Epidemic dropsy in Calcutta - Number 49
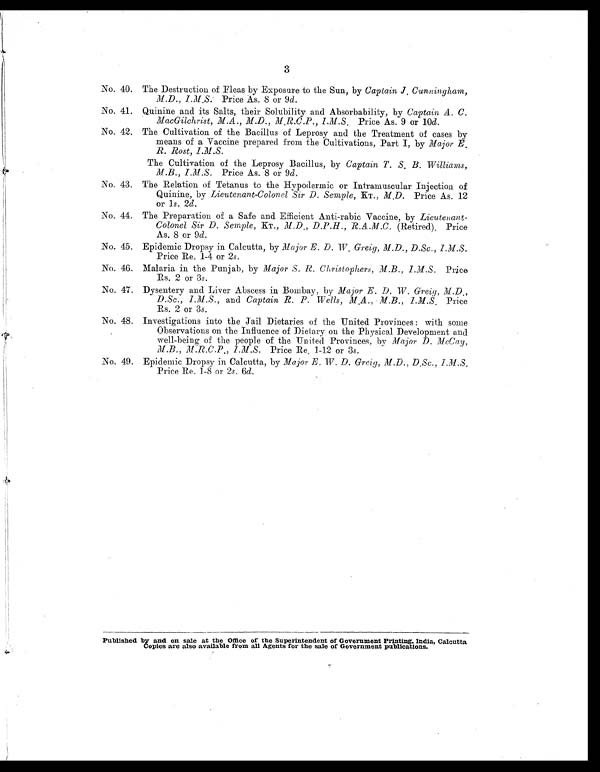
3
No. 40. The Destruction of Fleas by Exposure to the Sun, by Captain J. Cunningham,
M.D., I.M.S. Price As. 8 or 9d.
No. 41. Quinine and its Salts, their Solubility and Absorbability, by Captain A. C.
MacGilchrist, M.A., M.D., M.R.C.P.,I.M.S.
Price As. 9 or 10 d.
No. 42. The Cultivation of the Bacillus of Leprosy and the Treatment of cases by
means of a Vaccine prepared from the Cultivations, Part I, by Major
R. Rost, I.M.S.
The Cultivation of the Leprosy Bacillus, by Captain T. S. B. Williams,
M.B., I.M.S. Price As. 8 or 9d.
No. 43. The Relation of Tetanus to the Hypodermic or Intramuscular Injection of
Quinine, by Lieutenant-Colonel ,Sir D. Semple, KT., M.D. Price As. 12
or 1 s. 2d.
No. 44. The Preparation of a Safe and Efficient Anti-rabic Vaccine, by Lieutenant-
Colonel Sir D. Semple, KT., M.D., D.P.H., R.A.M.C. (Retired). Price
As. 8 or 9d.
No. 45. Epidemic Dropsy in Calcutta, by Major E. D. W. Greig, M.D., D.Sc., I.M.S.
Price Re. 1-4 or 2 s.
No. 46. Malaria in the Punjab, by Major S. R. Christophers,M.B., I.M.S. Price
Rs. 2 or 3 s.
No. 47. Dysentery and Liver Abscess in Bombay, by Major E. D. W. Greig, M.D.,
D.Sc., I.M.S., and Captain R. P. Wells, M.A., M.B.,I.M.S.P r i c e
Rs. 2 or 3 s.
No. 48. Investigations into the Jail Dietaries of the United Provinces : with some
Observations on the Influence of Dietary on the Physical Development and
well-being of the people of the United Provinces, by Major D. McCay,
M.B.,M.R.C.P., I.M.S. Price Re. 1-12 or 3 s.
No. 49. Epidemic Dropsy in Calcutta, by Major E. W. D. Greig, M.D., D.Sc.,
Price Re. 1-8 or 2 s. 6d.
Published by and on sale at the Office of the Superintendent of Government Printing, India, Calcutta
Copies are also available from all Agents for the sale of Government publications.